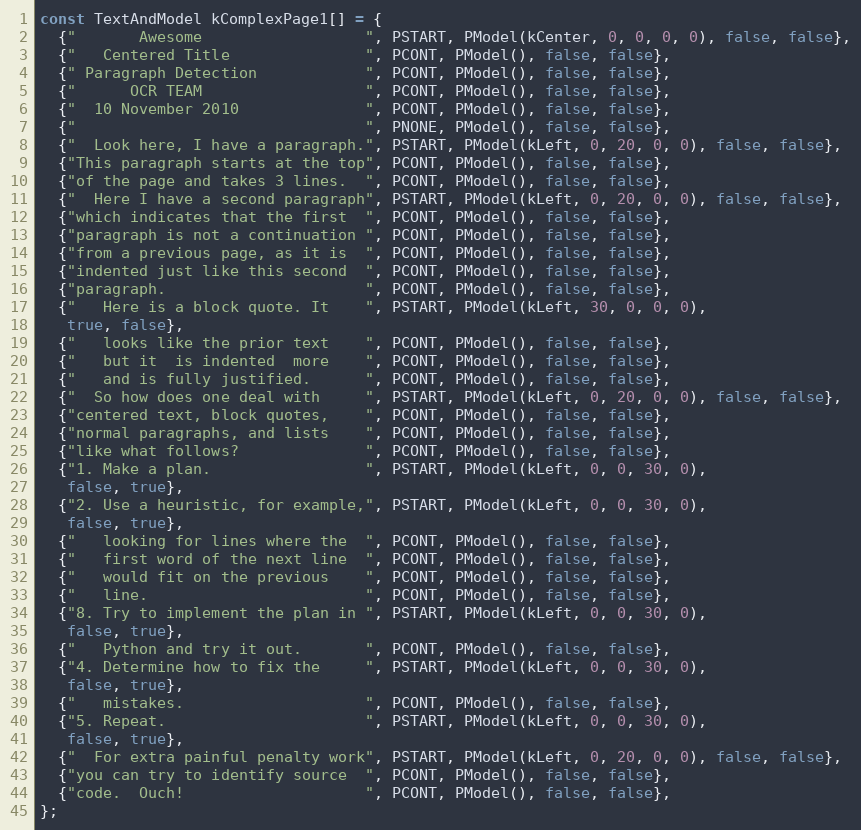
Language: C++
const TextAndModel kComplexPage1[] = {
  {"       Awesome                  ", PSTART, PModel(kCenter, 0, 0, 0, 0), false, false},
  {"   Centered Title               ", PCONT, PModel(), false, false},
  {" Paragraph Detection            ", PCONT, PModel(), false, false},
  {"      OCR TEAM                  ", PCONT, PModel(), false, false},
  {"  10 November 2010              ", PCONT, PModel(), false, false},
  {"                                ", PNONE, PModel(), false, false},
  {"  Look here, I have a paragraph.", PSTART, PModel(kLeft, 0, 20, 0, 0), false, false},
  {"This paragraph starts at the top", PCONT, PModel(), false, false},
  {"of the page and takes 3 lines.  ", PCONT, PModel(), false, false},
  {"  Here I have a second paragraph", PSTART, PModel(kLeft, 0, 20, 0, 0), false, false},
  {"which indicates that the first  ", PCONT, PModel(), false, false},
  {"paragraph is not a continuation ", PCONT, PModel(), false, false},
  {"from a previous page, as it is  ", PCONT, PModel(), false, false},
  {"indented just like this second  ", PCONT, PModel(), false, false},
  {"paragraph.                      ", PCONT, PModel(), false, false},
  {"   Here is a block quote. It    ", PSTART, PModel(kLeft, 30, 0, 0, 0),
   true, false},
  {"   looks like the prior text    ", PCONT, PModel(), false, false},
  {"   but it  is indented  more    ", PCONT, PModel(), false, false},
  {"   and is fully justified.      ", PCONT, PModel(), false, false},
  {"  So how does one deal with     ", PSTART, PModel(kLeft, 0, 20, 0, 0), false, false},
  {"centered text, block quotes,    ", PCONT, PModel(), false, false},
  {"normal paragraphs, and lists    ", PCONT, PModel(), false, false},
  {"like what follows?              ", PCONT, PModel(), false, false},
  {"1. Make a plan.                 ", PSTART, PModel(kLeft, 0, 0, 30, 0),
   false, true},
  {"2. Use a heuristic, for example,", PSTART, PModel(kLeft, 0, 0, 30, 0),
   false, true},
  {"   looking for lines where the  ", PCONT, PModel(), false, false},
  {"   first word of the next line  ", PCONT, PModel(), false, false},
  {"   would fit on the previous    ", PCONT, PModel(), false, false},
  {"   line.                        ", PCONT, PModel(), false, false},
  {"8. Try to implement the plan in ", PSTART, PModel(kLeft, 0, 0, 30, 0),
   false, true},
  {"   Python and try it out.       ", PCONT, PModel(), false, false},
  {"4. Determine how to fix the     ", PSTART, PModel(kLeft, 0, 0, 30, 0),
   false, true},
  {"   mistakes.                    ", PCONT, PModel(), false, false},
  {"5. Repeat.                      ", PSTART, PModel(kLeft, 0, 0, 30, 0),
   false, true},
  {"  For extra painful penalty work", PSTART, PModel(kLeft, 0, 20, 0, 0), false, false},
  {"you can try to identify source  ", PCONT, PModel(), false, false},
  {"code.  Ouch!                    ", PCONT, PModel(), false, false},
};